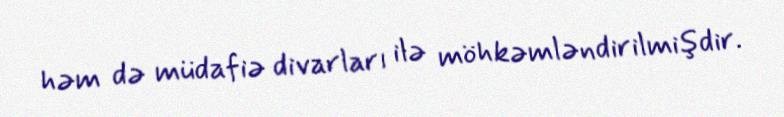
həm də müdafiə divarları ilə möhkəmləndirilmişdir.